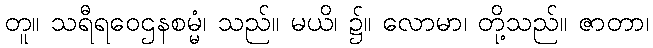
တူ။ သရီရဝေဌနစမ္မံ၊ သည်။ မယိ၊ ၌။ လောမာ၊ တို့သည်။ ဇာတာ၊